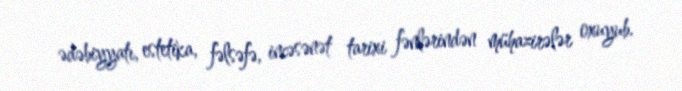
ədəbiyyatı, estetika, fəlsəfə, incəsənət tarixi fənlərindən mühazirələr oxuyub.